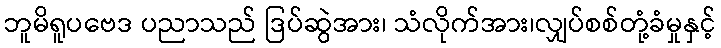
ဘူမိရူပဗေဒ ပညာသည် ဒြပ်ဆွဲအား၊ သံလိုက်အား၊လျှပ်စစ်တုံ့ခံမှုနှင့်